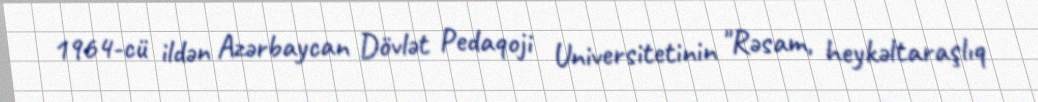
1964-cü ildən Azərbaycan Dövlət Pedaqoji Universitetinin "Rəsam, heykəltaraşlıq